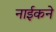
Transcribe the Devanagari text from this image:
नाईकने